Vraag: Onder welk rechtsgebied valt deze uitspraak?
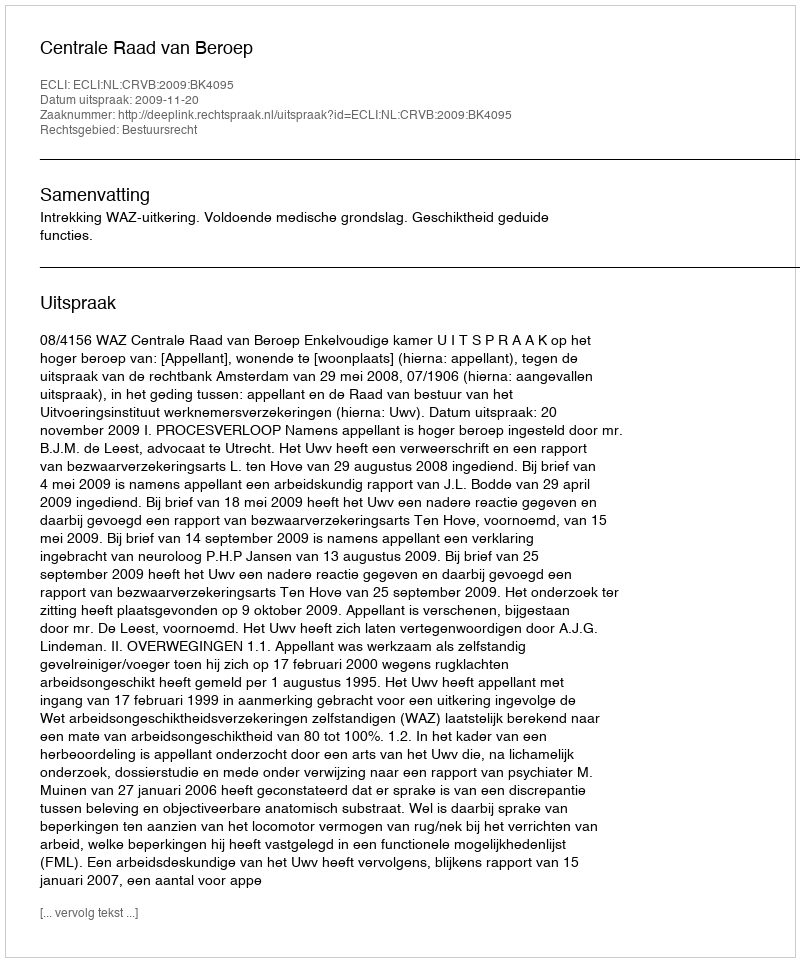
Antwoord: Bestuursrecht